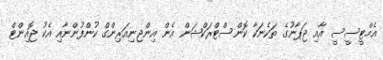
އެމްޓީސީސީ އާއި ޖަޕާނުގެ ތަކެނަކާ ކޮންސްޓްރަކްޝަން އެން އިންޖިނިއަރިންގް ކުންފުންނާއި އެކު ޖޮއިންޓް